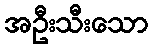
အဦးသီးသော